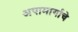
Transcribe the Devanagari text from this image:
अपामार्गाचे